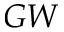
G W